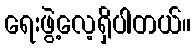
ရေးဖွဲ့လေ့ရှိပါတယ်။